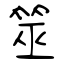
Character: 筮